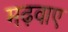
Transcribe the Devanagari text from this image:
मढ़वाए